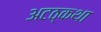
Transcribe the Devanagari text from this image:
अटठ्कथा